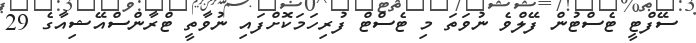
ސޭފްޓީ ޓެސްޓުން ފޭލްވެ ނުވަތަ މި ޓެސްޓް ފުރިހަމަކޮށްފައި ނުވާތީ ޓްރާންސްއޭޝިއާގެ 29